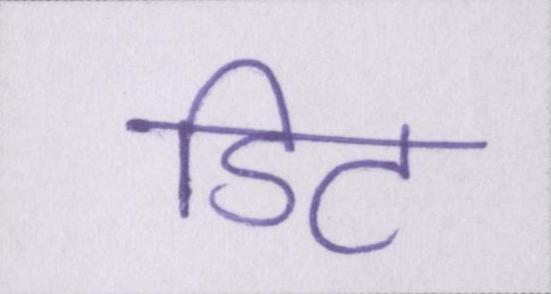
डिट